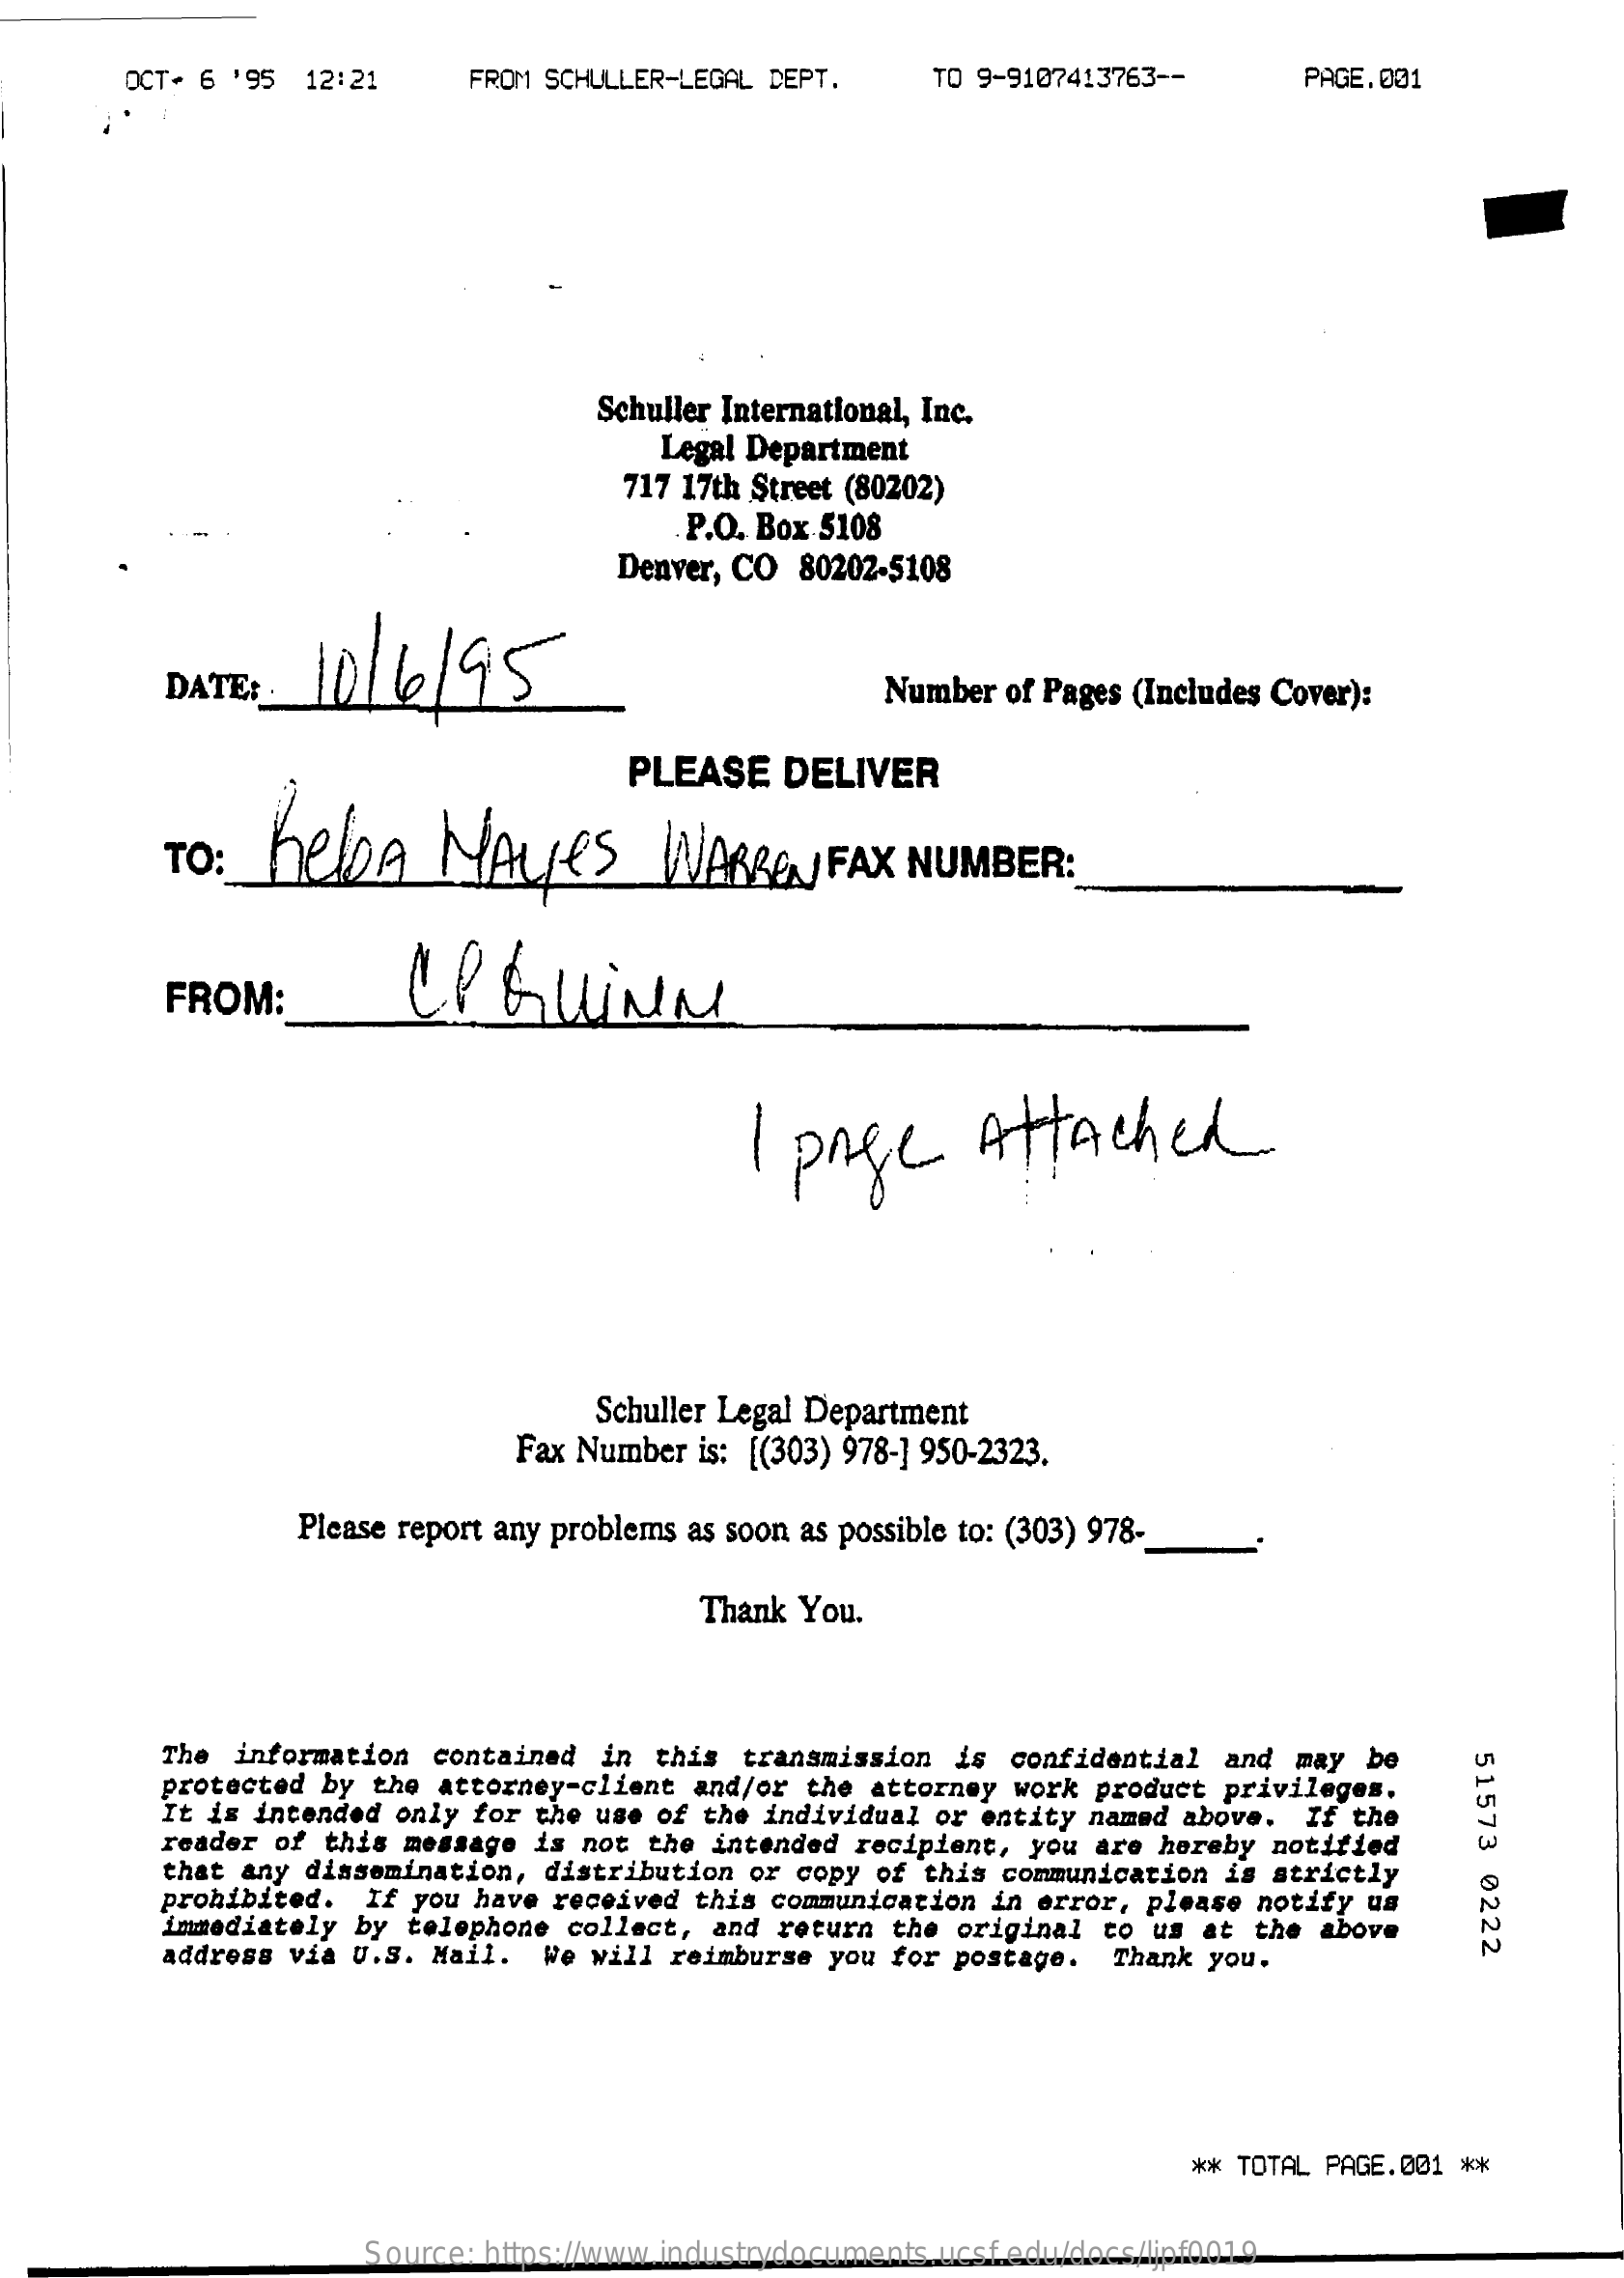
OCT- 6 '95 12:21   FROM SCHULLER-LEGAL DEPT. TO 9-9107413763 --  PAGE.001
     Schuller International, Inc.
     Legal Department
     717 17th Street (80202)
     P.O. Box 5108
     Denver, CO 80202-5108
     DATE :. 10/  4/95
     Number of Pages (Includes Cover):
     PLEASE   DELIVER
     TO : helpA    NAyes    WARREN   FAX  NUMBER  :
     FROM:    LeGuinen
     1 page    Attached
     Schuller Legal Department
     Fax Number is: [(303) 978-1 950-2323.
     Please report any problems as soon as possible to: (303) 978-
     Thank You.
     The information contained in this transmission is confidential and may be
     51573
     0222
     protected by the attorney-client and/or the attorney work product privileges.
     It is intended only for the use of the individual or entity named above. If the
     reader of this message is not the intended recipient, you are hereby notified
     that any dissemination, distribution or copy of this communication is strictly
     prohibited. If you have received this communication in error, please notify us
     immediately by telephone collect, and return the original to us at the above
     address via U.S. Mail. We will reimburse you for postage. Thank you.
     ** TOTAL PAGE.001 **
     Source: https://www.industrydocuments.ucsf.edu/docs/ljpf0019